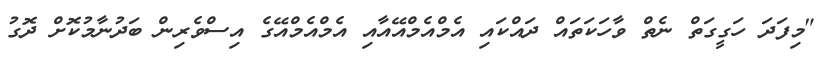
"މިފަދަ ހަގީގަތް ނެތް ވާހަކަތައް ދައްކައި އެމްއެމްއޭއާއި އެމްއެމްއޭގެ އިސްވެރިން ބަދުނާމުކޮށް ދޮގު